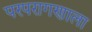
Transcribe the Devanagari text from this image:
परपरागणाला